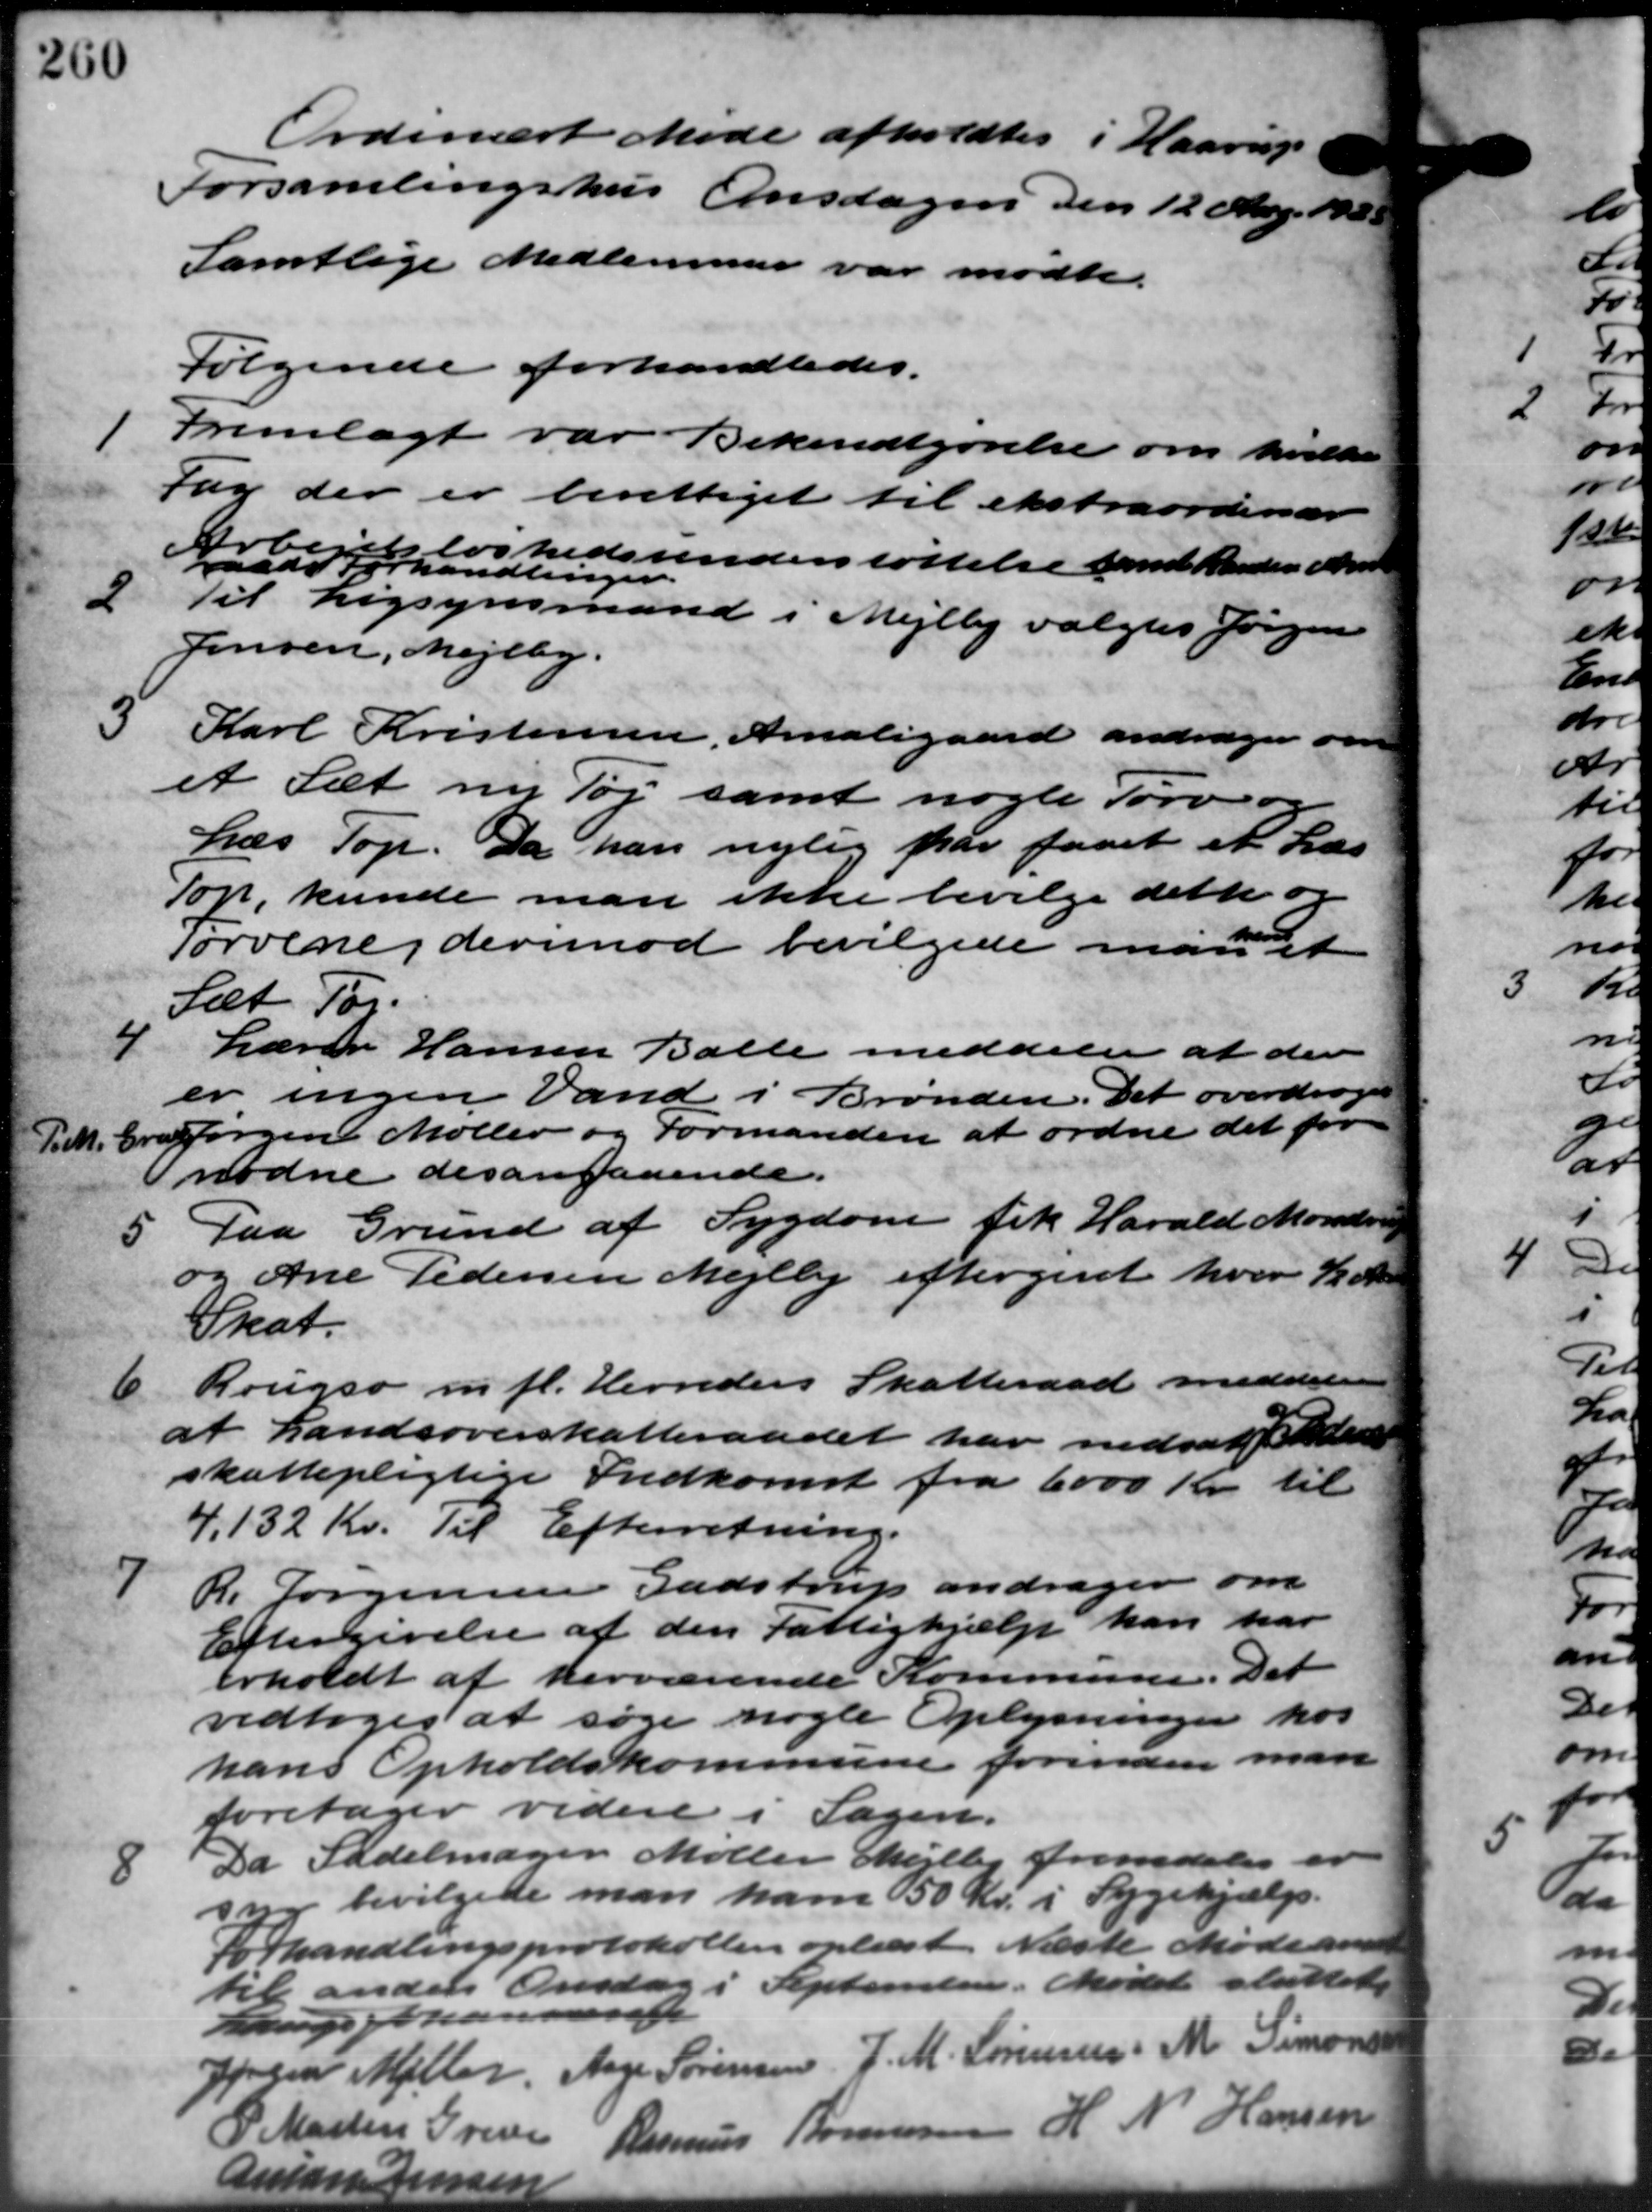
Transskription:
Ordinært Møde afhold
Forsamlingshus Onsdagen den 12 Maj 1923
Samtlige Medlemmer var mødte.
Følgende forhandledes.

Fremlagt var Bekendtgørelse om hvilken
Fag der er berettiget til ekstraordinær
Arbej løshedsunderstøttelse fmd Randers Amts
aads Forhandlingen.
2
Til Ligsynsmand i Mejlby valgtes Jørgen
Jensen, Mejlby.
3
Karl Kristensen, Amaligaard andrager om
et Sæt ny Tøj samt nogle Tørv og
Læs Top. Da han nylig har faaet et Lær
Top, kunde man ikke bevilge dette og
Tørvene derimod bevilgede må det
Sæt For-
4
Lærer Hansen Balle meddeler at der
er ingen Vand i Brønden. Det overdroges
P.M. Er Jørgen Møller og Formanden at ordne det for
P.M. Er Jørgen Møller og Formanden at ordne det for
nødne desangaaende.
5 Paa Grund af Sygdom fik Harald Monds
5 Paa Grund af Sygdom fik Harald Monds
og Ane Pedersen Mejlby eftergivet hvor 2 Kr.
Skat.
6
Rougsø m. fl. Herreders Skatteraad meddeler
at Landsoverskatteraadet har nedsat Tillade
skattepligtige Indkomst fra 6000 Kr. til
4,132 Kr. Til Efterretning.

R. Jørgensen Gadstrup andrager om
Eftergivelse af den Fattighjælp kan har
erholdt at herværende Kommune. Det
vedtoges at søge nogle Oplysninger hos
hans Opholdskommune forinden man
foretager videre i Sagen.
8
Da Sadelmager Møller Mejlby fremdeles
syg bevilgede man ham 50 Kr. i Sygehjælp.
forhandlingsprotokollen oplæst. Næste Møde and
til anden Onsdag i September. Mødet sluttet
p Johan 00
Jøren Møller, Aage Sørensen J. M. Sørensen M. Simonsen
P. Martin Greve Rasmus " " 12
Aman Jensen